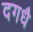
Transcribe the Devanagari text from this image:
दगधै